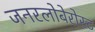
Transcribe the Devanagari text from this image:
जनरलोबेरोस्ट